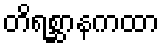
တိရစ္ဆာနကထာ